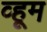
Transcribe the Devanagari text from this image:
व्हूम